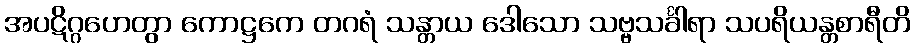
အပဋိဂ္ဂဟေတွာ ကောဋ္ဌကေ တဂရံ သန္တာယ ဒေါသော သဗ္ဗသင်္ခါရာ သပရိယန္တစာရီတိ